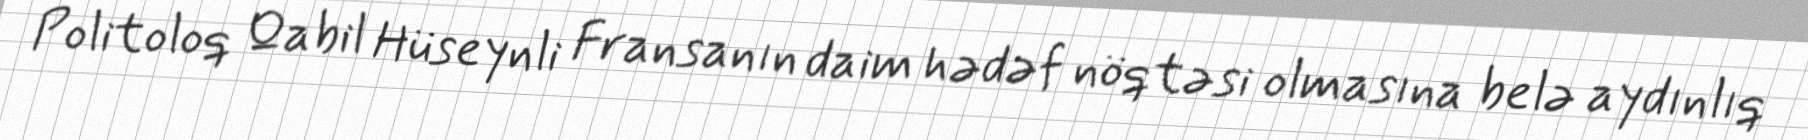
Politoloq Qabil Hüseynli Fransanın daim hədəf nöqtəsi olmasına belə aydınlıq